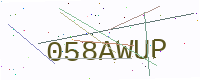
Text: 058AWUP